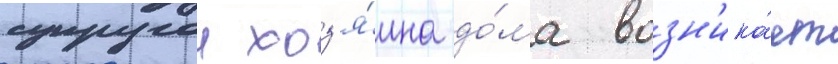
супругои хоз'я́ина до́ма возн'ика́ет